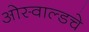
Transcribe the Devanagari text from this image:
ओस्वाल्डचे